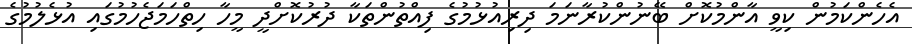
އެހެންކަމުން ކިވީ އާންމުކޮށް ބޭނުންކުރާނަމަ ދިރިއުޅުމުގެ ފިއްތުންތަކާ ދުރުކޮށްދީ މީހާ ހިތްހަމަޖެހުމުގައި އުޅެލުމުގެ